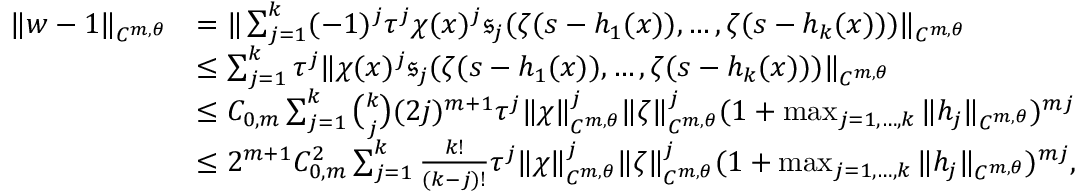
\begin{array} { r l } { \Vert w - 1 \Vert _ { C ^ { m , \theta } } } & { = \Vert \sum _ { j = 1 } ^ { k } ( - 1 ) ^ { j } \tau ^ { j } \chi ( x ) ^ { j } \mathfrak { s } _ { j } ( \zeta ( s - h _ { 1 } ( x ) ) , \ldots , \zeta ( s - h _ { k } ( x ) ) ) \Vert _ { C ^ { m , \theta } } } \\ & { \leq \sum _ { j = 1 } ^ { k } \tau ^ { j } \Vert \chi ( x ) ^ { j } \mathfrak { s } _ { j } ( \zeta ( s - h _ { 1 } ( x ) ) , \ldots , \zeta ( s - h _ { k } ( x ) ) ) \Vert _ { C ^ { m , \theta } } } \\ & { \leq C _ { 0 , m } \sum _ { j = 1 } ^ { k } \binom { k } { j } ( 2 j ) ^ { m + 1 } \tau ^ { j } \Vert \chi \Vert _ { C ^ { m , \theta } } ^ { j } \Vert \zeta \Vert _ { C ^ { m , \theta } } ^ { j } ( 1 + \operatorname* { m a x } _ { j = 1 , \ldots , k } \Vert h _ { j } \Vert _ { C ^ { m , \theta } } ) ^ { m j } } \\ & { \leq 2 ^ { m + 1 } C _ { 0 , m } ^ { 2 } \sum _ { j = 1 } ^ { k } \frac { k ! } { ( k - j ) ! } \tau ^ { j } \Vert \chi \Vert _ { C ^ { m , \theta } } ^ { j } \Vert \zeta \Vert _ { C ^ { m , \theta } } ^ { j } ( 1 + \operatorname* { m a x } _ { j = 1 , \ldots , k } \Vert h _ { j } \Vert _ { C ^ { m , \theta } } ) ^ { m j } , } \end{array}